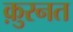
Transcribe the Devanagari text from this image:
क़ुरनत